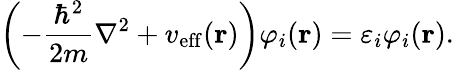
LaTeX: \left(-{\frac{\hbar^{2}}{2m}}\nabla^{2}+v_{\mathrm{eff}}(\mathbf{r})\right)\varphi_{i}(\mathbf{r})=\varepsilon_{i}\varphi_{i}(\mathbf{r}).